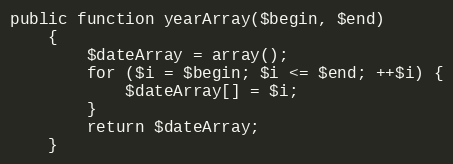
Language: PHP
public function yearArray($begin, $end)
    {
        $dateArray = array();
        for ($i = $begin; $i <= $end; ++$i) {
            $dateArray[] = $i;
        }
        return $dateArray;
    }